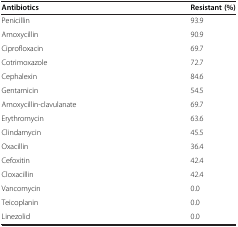
<table><thead><tr><td><b>Antibiotics</b></td><td><b>Resistant (%)</b></td></tr></thead><tbody><tr><td>Penicillin</td><td>93.9</td></tr><tr><td>Amoxycillin</td><td>90.9</td></tr><tr><td>Ciprofloxacin</td><td>69.7</td></tr><tr><td>Cotrimoxazole</td><td>72.7</td></tr><tr><td>Cephalexin</td><td>84.6</td></tr><tr><td>Gentamicin</td><td>54.5</td></tr><tr><td>Amoxycillin-clavulanate</td><td>69.7</td></tr><tr><td>Erythromycin</td><td>63.6</td></tr><tr><td>Clindamycin</td><td>45.5</td></tr><tr><td>Oxacillin</td><td>36.4</td></tr><tr><td>Cefoxitin</td><td>42.4</td></tr><tr><td>Cloxacillin</td><td>42.4</td></tr><tr><td>Vancomycin</td><td>0.0</td></tr><tr><td>Teicoplanin</td><td>0.0</td></tr><tr><td>Linezolid</td><td>0.0</td></tr></tbody></table>